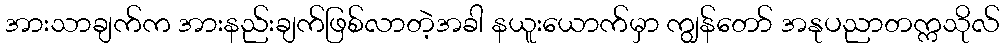
အားသာချက်က အားနည်းချက်ဖြစ်လာတဲ့အခါ နယူးယောက်မှာ ကျွန်တော် အနုပညာတက္ကသိုလ်